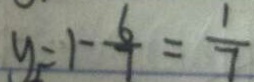
y _ { 1 } = 1 - \frac { 6 } { 7 } = \frac { 1 } { 7 }